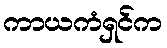
ကာယကံရှင်က